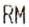
RM